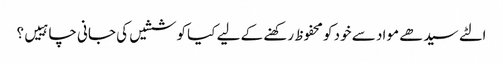
الٹے سیدھے مواد سے خود کو محفوظ رکھنے کے لیے کیا کوششیں کی جانی چاہییں؟